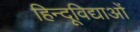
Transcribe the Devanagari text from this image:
हिन्दूविद्याओं